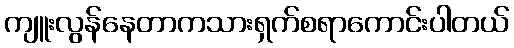
ကျူးလွန်နေတာကသားရှက်စရာကောင်းပါတယ်